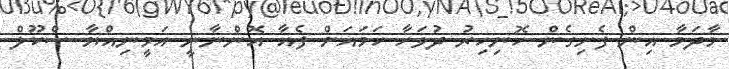
މާދަމާ އިން ފެށިގެން ހޮނިހިރު ދުވަހާ ހަމައަށް ފެއާ އޮންނާނީ އަމީނިއްޔާ ސްކޫލް